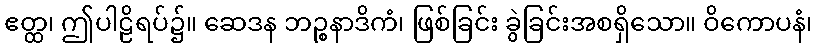
ဧတ္ထ၊ ဤပါဠိရပ်၌။ ဆေဒန ဘဉ္စနာဒိကံ၊ ဖြစ်ခြင်း ခွဲခြင်းအစရှိသော။ ဝိကောပနံ၊